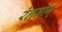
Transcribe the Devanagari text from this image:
रेलमार्ग्